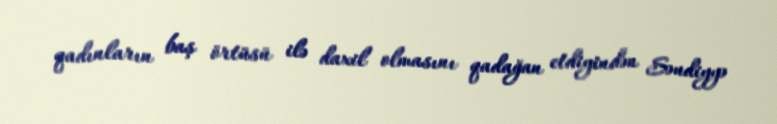
qadınların baş örtüsü ilə daxil olmasını qadağan etdiyindən Səudiyyə